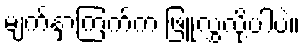
မျက်နှာကြက်က ဖြူလွှလို့ပါပဲ။